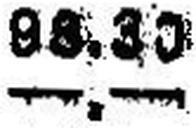
—.—